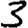
Digit: 3